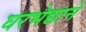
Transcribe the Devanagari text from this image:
घरभेद्याने